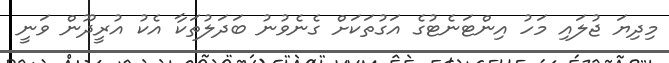
މިދިޔަ ޖުލައި މަހު އިންޓަނެޓުގެ އަގުތަކަށް ގެެނެވުނު ބަދަލުތަކާ އެކު އުރީދޫން ވަނީ